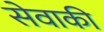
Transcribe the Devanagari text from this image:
सेवाकी